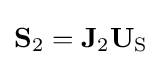
{\textstyle \mathbf {S} _{2}=\mathbf {J} _{2}\mathbf {U} _{\mathrm {S} }}